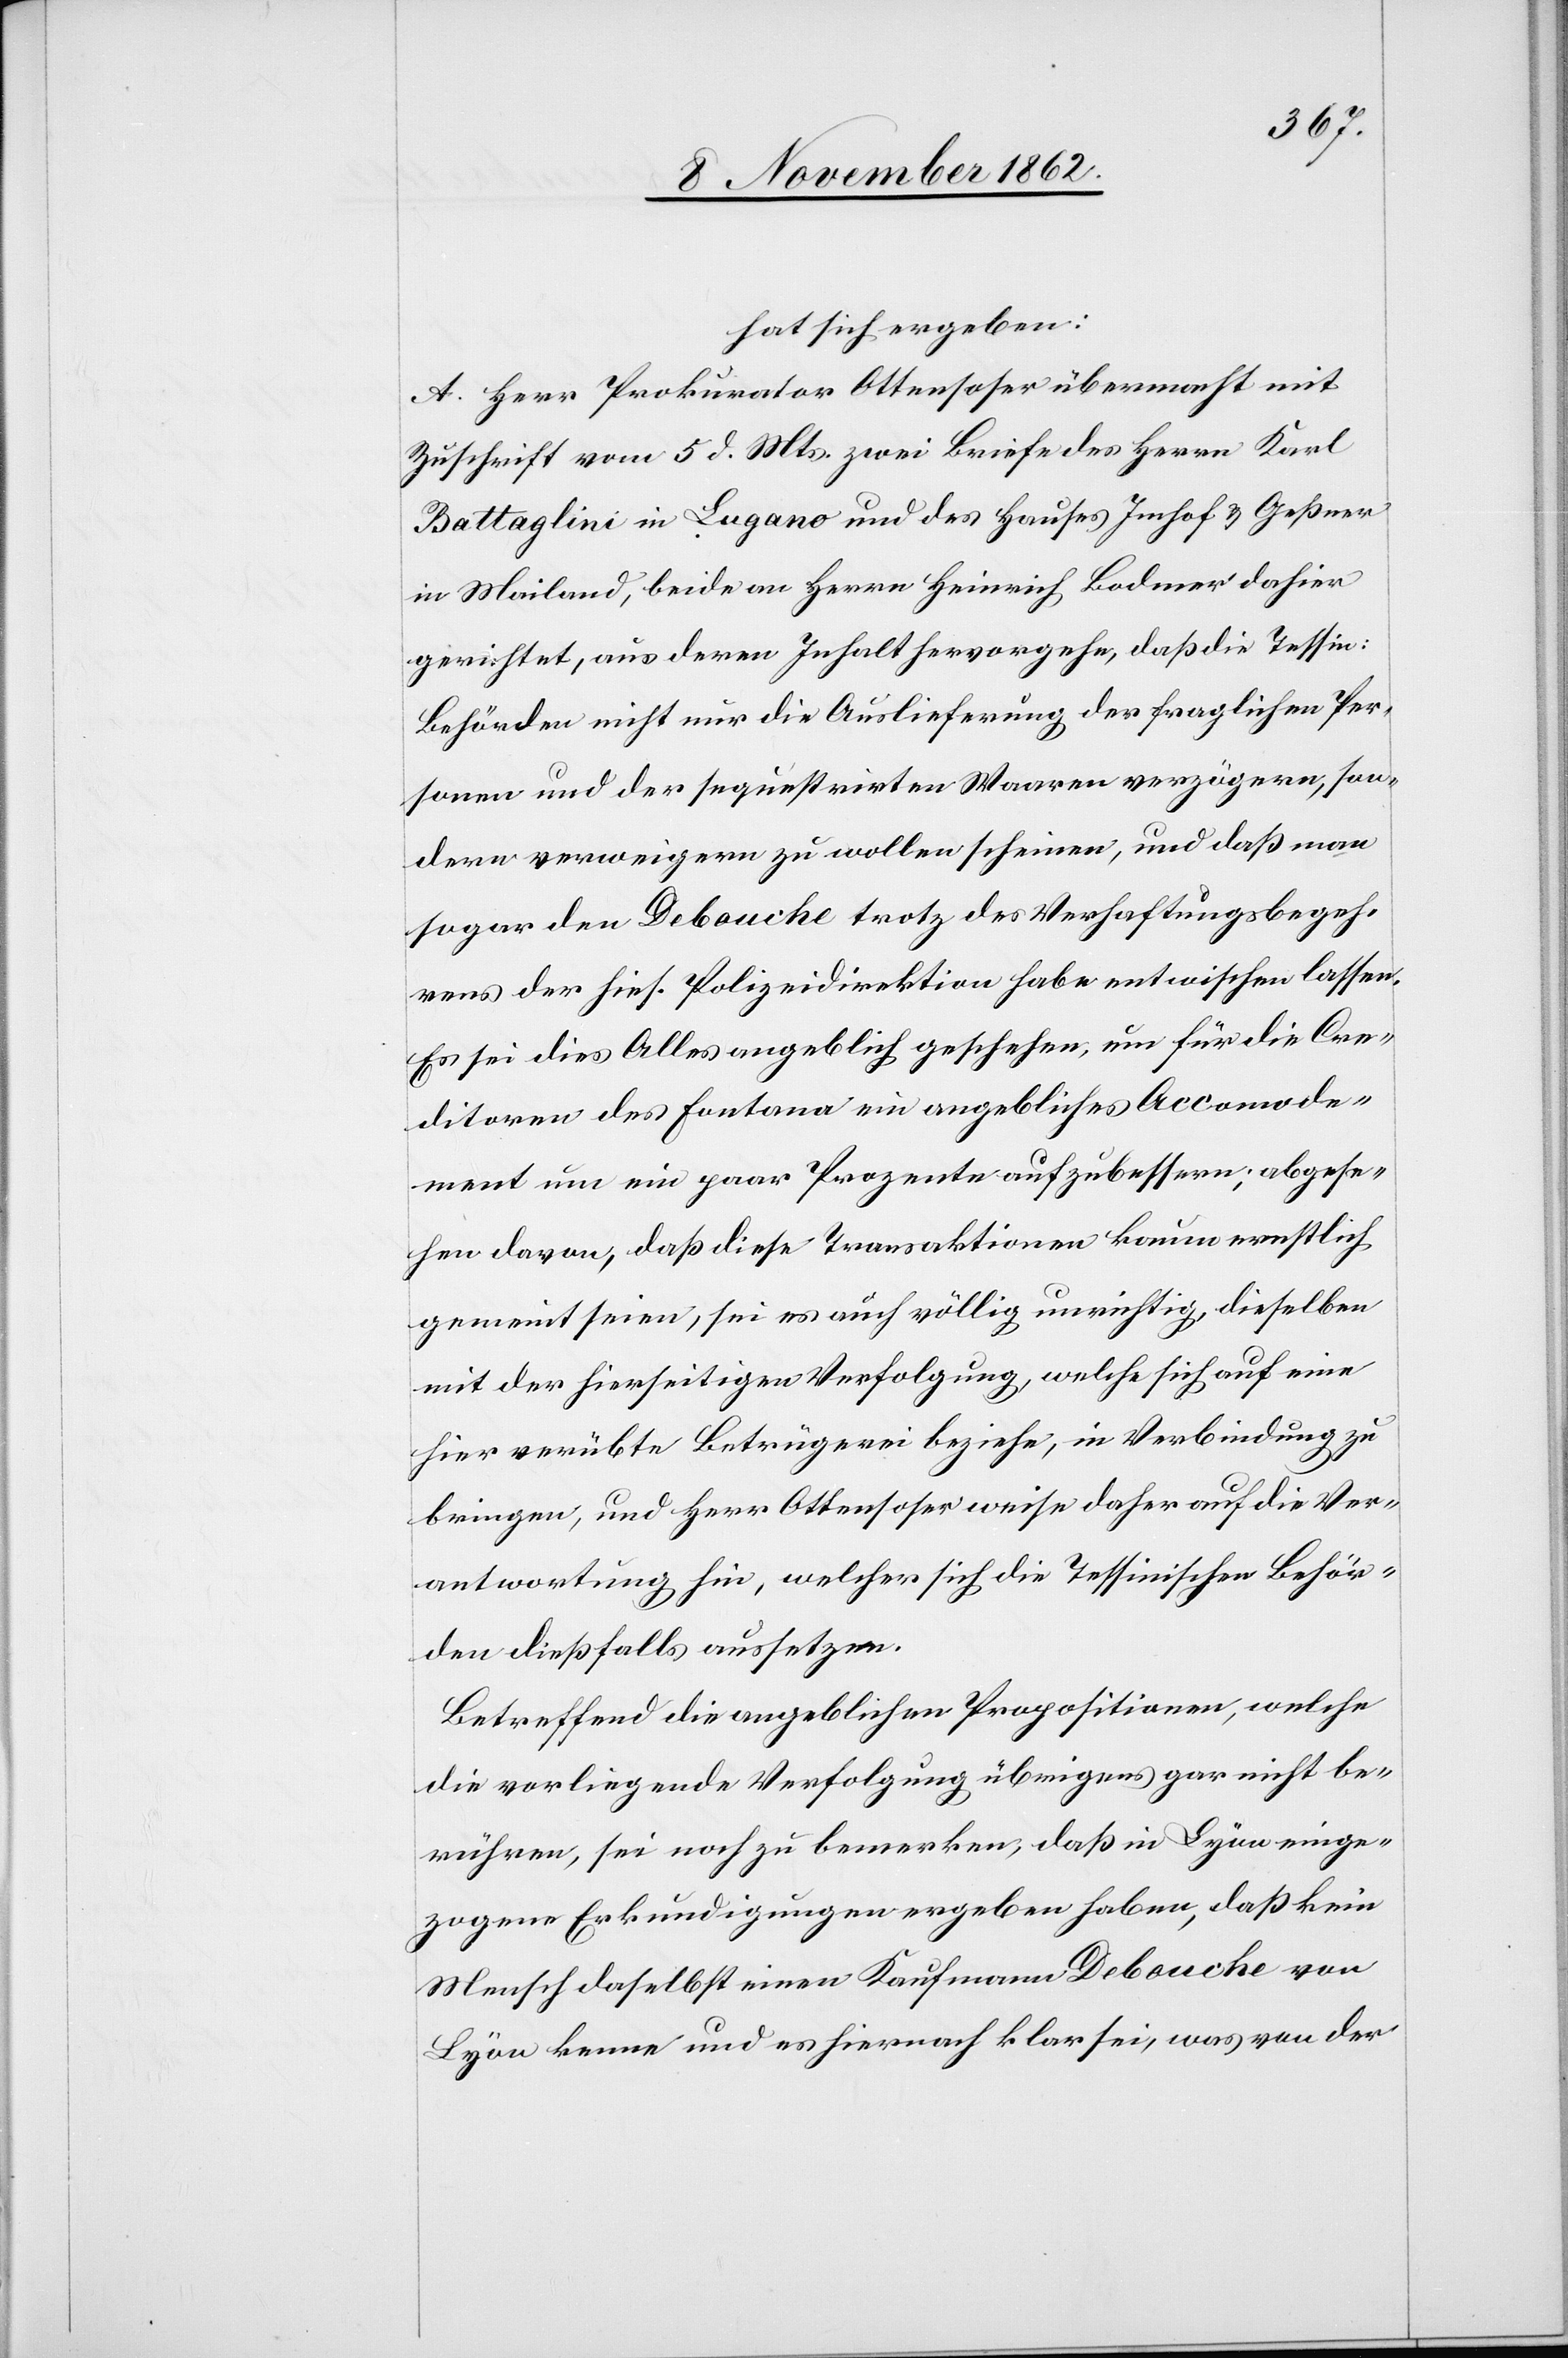
hat sich ergeben:
A. Herr Prokurator Ottensoser übermacht mit
Zuschrift vom 5. d. Mts. zwei Briefe des Herrn Karl
Battaglini in Lugano und des Hauses Imhof u. Geßner
in Mailand, beide an Herrn Heinrich Bodmer dahier
gerichtet, aus deren Inhalt hervorgehe, daß die Tessin.
Behörden nicht nur die Auslieferung der fraglichen Per¬
sonen und der sequestrirten Waaren verzögern, son¬
dern verweigern zu wollen scheinen, und daß man
sogar den Debouche trotz des Verhaftungsbegeh¬
rens der hies. Polizeidirektion haben entwichen lassen.
Es sei dies Alles angeblich geschehen, um für die Cre¬
ditoren des Fontana ein angebliches Accomode¬
ment um ein paar Prozente aufzubessern; abgese¬
hen davon, daß diese Transaktionen kaum ernstlich
gemeint seien, sei es auch völlig unrichtig, dieselben
mit der hierseitigen Verfolgung, welche sich auf eine
hier verübte Betrügerei beziehe, in Verbindung zu
bringen, und Herr Ottensoser weise daher auf die Ver¬
antwortung hin, welcher sich die Tessinischen Behör¬
den dießfalls aussetzen.
Betreffend die angeblichen Propositionen, welche
die vorliegende Verfolgung übrigens gar nicht be¬
rühren, sei noch zu bemerken, daß in Lyon einge¬
zogene Erkundigungen ergeben haben, daß kein
Mensch daselbst einen Kaufmann Debouche von
Lyon kenne und es hiernach klar sei, was von der